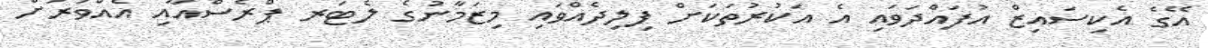
އޭގެ އެކިސައިޒް އުފައްދަވައި އެ އަކުރުތަކަށް ފިލިދެއްވައި މިޒަމާނުގެ ލެޓަރ ޕްރެސްއާއި އެއްވަރަށް